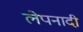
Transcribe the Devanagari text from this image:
लेपनादी